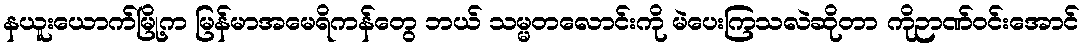
နယူးယောက်မြို့က မြန်မာအမေရိကန်တွေ ဘယ် သမ္မတလောင်းကို မဲပေးကြသလဲဆိုတာ ကိုဉာဏ်ဝင်းအောင်